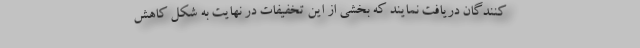
کنندگان دریافت نمایند که بخشی از این تخفیفات در نهایت به شکل کاهش